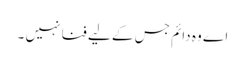
اے وہ دائم جس کے لیے فنا نہیں ۔